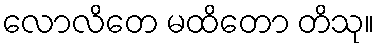
လောလိတေ မထိတော တိသု။